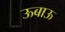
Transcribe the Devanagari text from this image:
ऊबाऊ